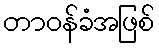
တာဝန်ခံအဖြစ်